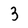
Character: 3